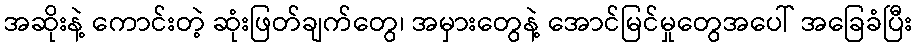
အဆိုးနဲ့ ကောင်းတဲ့ ဆုံးဖြတ်ချက်တွေ၊ အမှားတွေနဲ့ အောင်မြင်မှုတွေအပေါ် အခြေခံပြီး